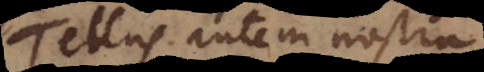
Tellus autem nostra